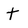
Character: t